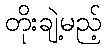
တိုးချဲ့မည့်